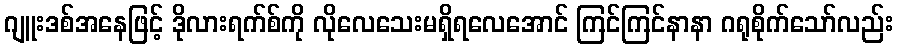
ဂျူးဒစ်အနေဖြင့် ဒိုလားရက်စ်ကို လိုလေသေးမရှိရလေအောင် ကြင်ကြင်နာနာ ဂရုစိုက်သော်လည်း